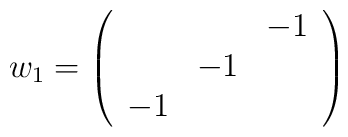
w_1= \left(\begin{array}{ccc}  & & -1 \\ & -1 & \\-1 & & \end{array} \right)